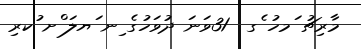
މާރިޗު ަމހު ެގ  31ވަނަ ދުވަހުގެ ިނ ަޔލަ ްށ ުކރި